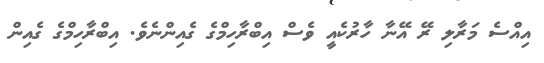
އިއްސެ މަރާލި ރޭ އޭނާ ހާރުކެއީ ވެސް އިބްރާހިމްގެ ގެއިންނެވެ. އިބްރާހިމްގެ ގެއިން